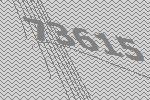
73615